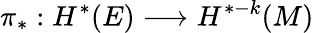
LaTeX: \pi_{*}:H^{*}(E)\longrightarrow H^{*-k}(M)